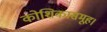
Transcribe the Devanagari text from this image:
कोशिकासमूह।